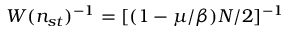
W ( n _ { s t } ) ^ { - 1 } = [ ( 1 - \mu / \beta ) N / 2 ] ^ { - 1 }